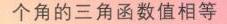
请补充图片内容，以便我完成任务。